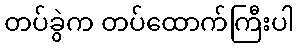
တပ်ခွဲက တပ်ထောက်ကြီးပါ